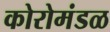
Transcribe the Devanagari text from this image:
कोरोमंडळ